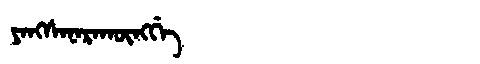
Manchu: ᠶᠠᠩᠰᠠᠨᠠᡵᠠᡴᡡᠩᡤᡝ
Romanization: YANGSANARAKŪNGGE